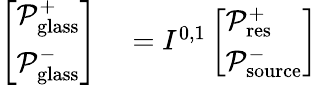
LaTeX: \begin{array}{rl}{\left[\begin{array}{l}{\mathcal{P}_{\mathrm{glass}}^{+}}\\ {\mathcal{P}_{\mathrm{glass}}^{-}}\end{array}\right]}&{{}=I^{0,1}\left[\begin{array}{l}{\mathcal{P}_{\mathrm{res}}^{+}}\\ {\mathcal{P}_{\mathrm{source}}^{-}}\end{array}\right]}\end{array}